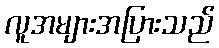
လူအများအပြားသည်